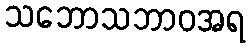
သဘောသဘာဝအရ